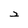
Character: 2